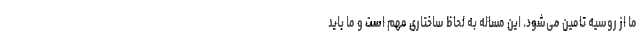
ما از روسیه تامین می‌شود. این مساله به لحاظ ساختاری مهم است و ما باید